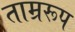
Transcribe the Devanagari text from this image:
ताम्ररूप